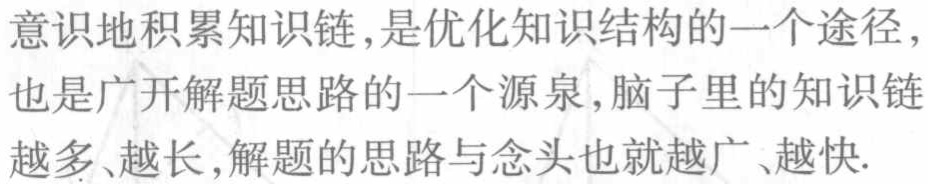
意识地积累知识链,是优化知识结构的一个途径，也是广开解题思路的一个源泉,脑子里的知识链越多、越长,解题的思路与念头也就越广、越快.